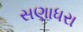
સણાધરા